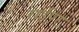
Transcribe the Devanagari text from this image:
राईपुर